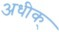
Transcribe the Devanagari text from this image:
अधीक्